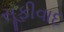
સૂફીવાદ